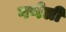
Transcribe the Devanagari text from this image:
गणेली